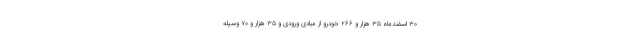
۳۰ اسفندماه ۳۵ هزار و ۲۶۶ خودرو از مبادی ورودی و ۳۵ هزار و ۷۰ وسیله